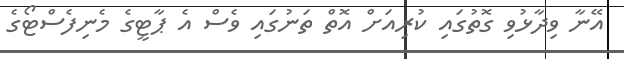
އޭނާ ވިދާޅުވި ގޮތުގައި ކުރިއަށް އޮތް ތަނުގައި ވެސް އެ ޕާޓީގެ މެނިފެސްޓޯގެ